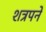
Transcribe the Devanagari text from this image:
शत्रपने